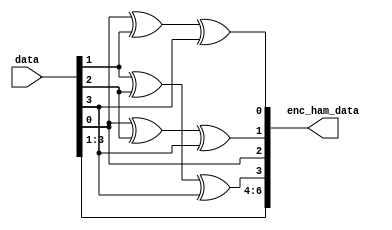
module ham_encoder(data,enc_ham_data);
  input [3:0]data;
  output [6:0] enc_ham_data;
  
  wire [3:0]data;
  wire [6:0] enc_ham_data;
   
  assign enc_ham_data[0]=data[0]^data[1]^data[3];
  assign enc_ham_data[1]=data[0]^data[2]^data[3];
  assign enc_ham_data[2]=data[0];
  assign enc_ham_data[3]=data[1]^data[2]^data[3];
  assign enc_ham_data[4]=data[1];
  assign enc_ham_data[5]=data[2];
  assign enc_ham_data[6]=data[3];
    
endmodule